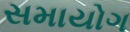
સમાયોગ